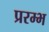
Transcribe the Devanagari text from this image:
प्ररम्भ